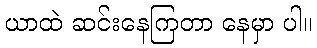
ယာထဲ ဆင်းနေကြတာ နေမှာ ပါ။